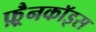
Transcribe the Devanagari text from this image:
फ़्रैनकॉइस